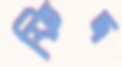
ফিদ